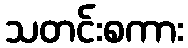
သတင်းစကား